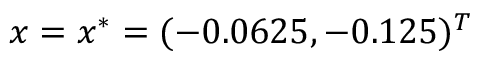
\boldsymbol { x } = \boldsymbol { x } ^ { * } = ( - 0 . 0 6 2 5 , - 0 . 1 2 5 ) ^ { T }